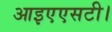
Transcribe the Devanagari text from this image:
आइएएसटी।